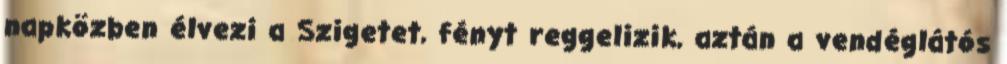
napközben élvezi a Szigetet, fényt reggelizik, aztán a vendéglátós